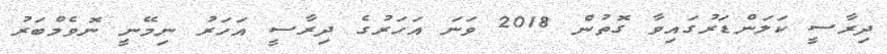
ދިރާސީ ކަލަންޑަރުގައިވާ ގޮތުން 2018 ވަނަ އަހަރުގެ ދިރާސީ އަހަރު ނިމޭނީ ނޮވެމްބަރު